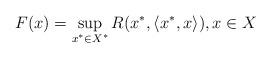
LaTeX: \begin{align*} F(x)=\sup_{x^\ast \in X^\ast} R(x^\ast, \langle x^\ast,x\rangle), x \in X \end{align*}